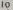
Text: 10